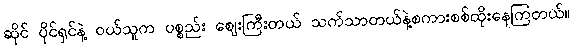
ဆိုင် ပိုင်ရှင်နဲ့ ဝယ်သူက ပစ္စည်း ဈေးကြီးတယ် သက်သာတယ်နဲ့စကားစစ်ထိုးနေကြတယ်။